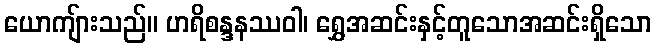
ယောကျ်ားသည်။ ဟရိစန္ဒနဿဝါ၊ ရွှေအဆင်းနှင့်တူသောအဆင်းရှိသော